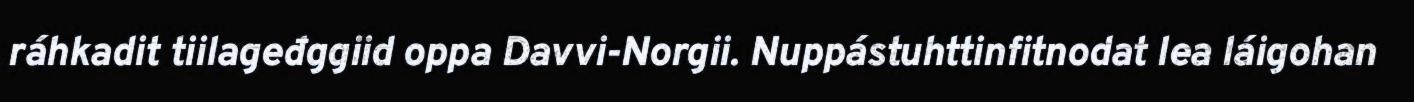
ráhkadit tiilageđggiid oppa Davvi-Norgii. Nuppástuhttinfitnodat lea láigohan